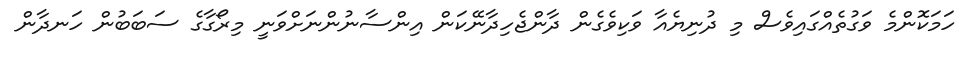
ހަމަކޮންމެ ވަގުތެއްގައިވެސް މި ދުނިޔެއާ ވަކިވެގެން ދާންޖެހިދާނޭކަން އިންސާނުންނަށްވަނީ މިރޯގާގެ ސަބަބުން ހަނދާން